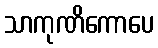
သာကုဏိကောပေ